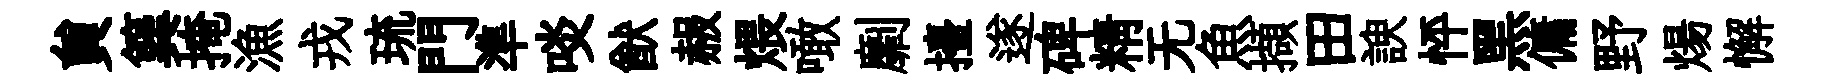
貟簨掩漁戎琉門準啖猷赧煨噉劘擡遂碑精无魚擷田諛怦黑傭野煬懈